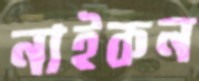
নাইকন